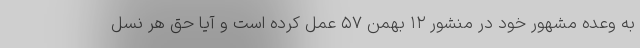
به وعده مشهور خود در منشور ۱۲ بهمن ۵۷ عمل کرده است و آیا حق هر نسل